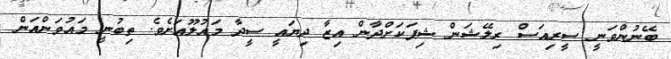
ބޭނުންވަނީ ސީރިއަސް ރިލޭޝަން ޝިޕަކަށްދާން އިޒާ ދިޔައީ ސީދާ މައުލޫއަށެވެ. ތިބުނީ މައުވަންއަން